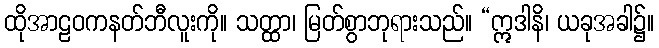
ထိုအာဠဝကနတ်ဘီလူးကို။ သတ္ထာ၊ မြတ်စွာဘုရားသည်။ “ဣဒါနိ၊ ယခုအခါ၌။